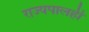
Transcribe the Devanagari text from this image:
राज्यपालही